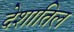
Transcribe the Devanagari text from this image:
देशातिल